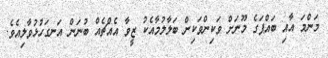
މަންމަ އާއި ބައްޕަގެ މޫނަށް ވަކިންވަކިން ބަލާލުމާއެކު ޒީވާ އެއްޗެއް ބުނަން އަނގަހުޅުވާލިއެވެ.